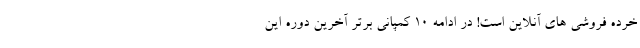
خرده فروشی های آنلاین است! در ادامه 10 کمپانی برتر آخرین دوره این